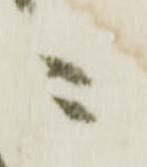
ニ